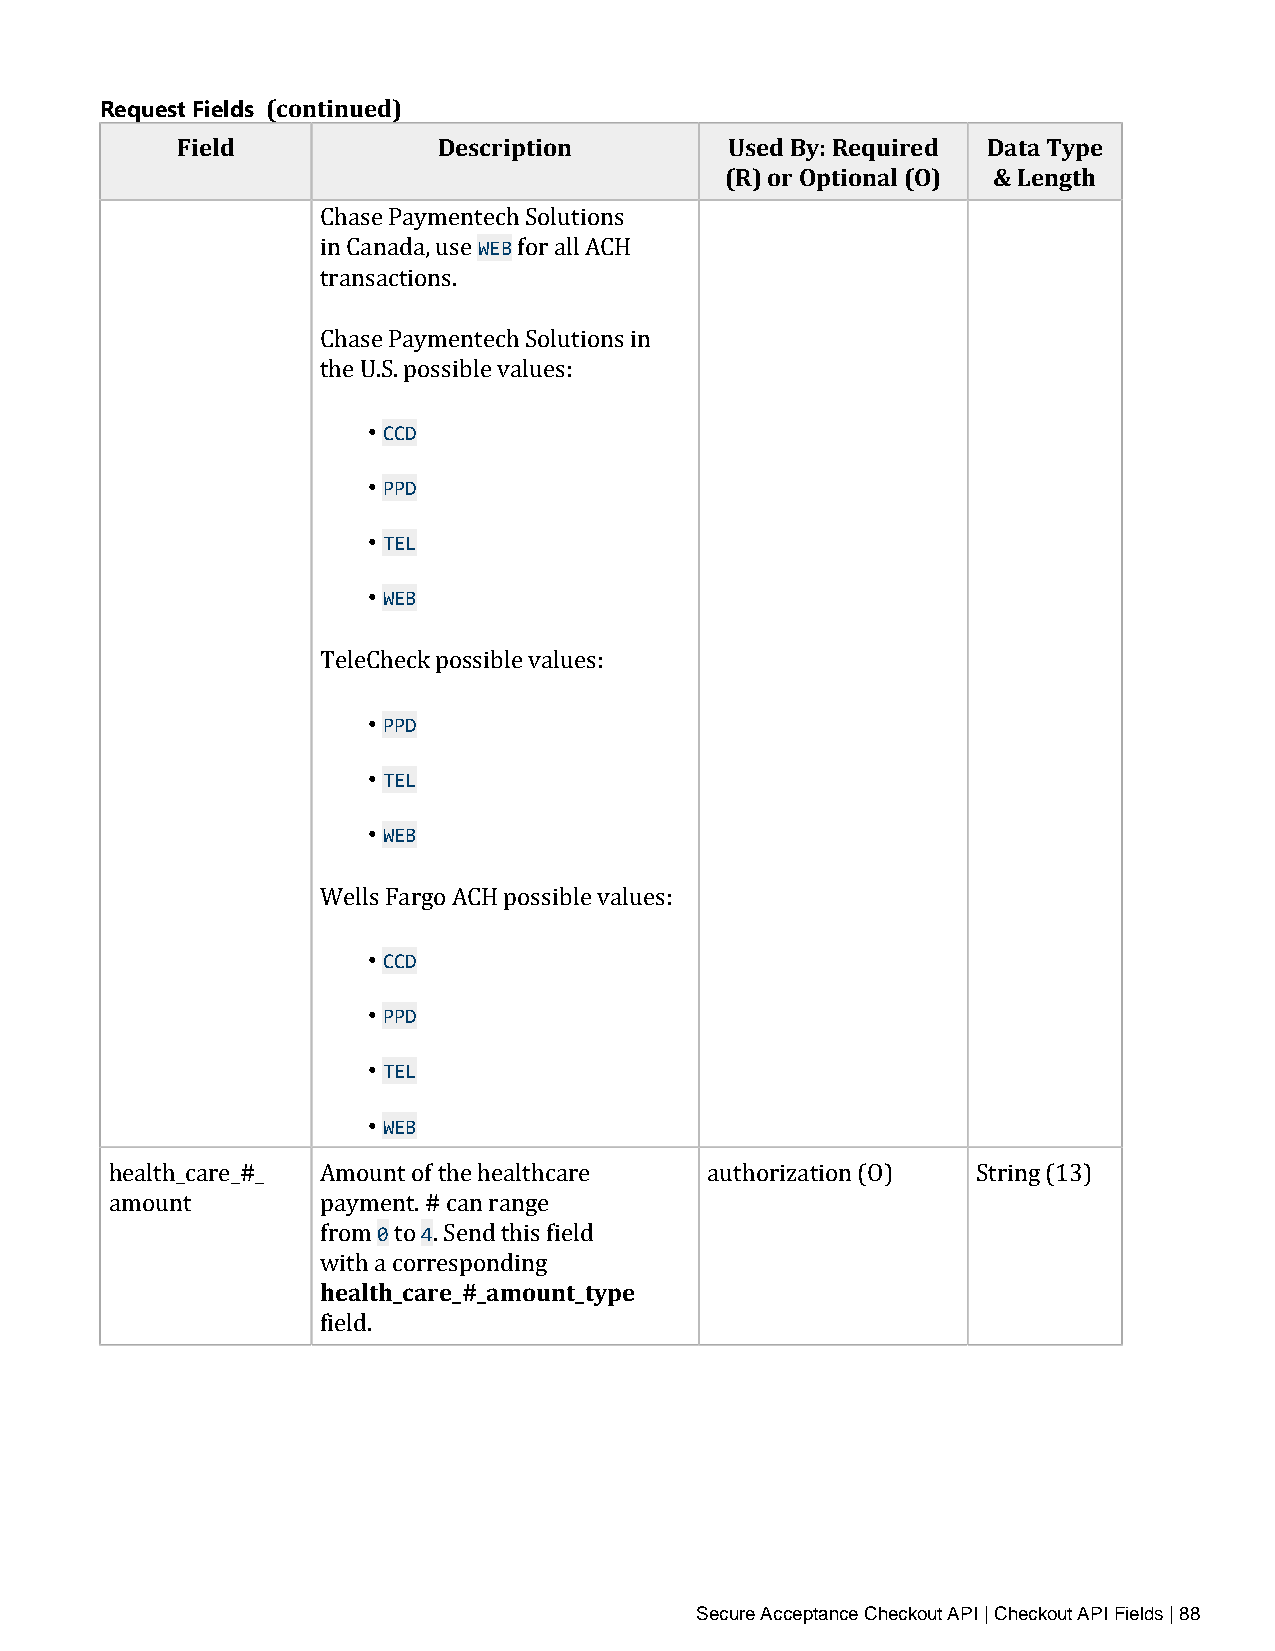
Request Fields (continued)
 Field            Description        Used By: Required Data Type
 (R) or Optional (O) & Length
 WEB
 Chase Paymentech Solutions
 in Canada, use for all ACH
 transactions.
 Chase Paymentech Solutions in
 the U.S. possible values:
 • CCD
 • PPD
 • TEL
 • WEB
 TeleCheck possible values:
 • PPD
 • TEL
 • WEB
 Wells Fargo ACH possible values:
 • CCD
 • PPD
 • TEL
 • WEB
 health_care_#_ Amount of the healthcare authorization (O) String (13)
 0  4
 amount        payment. # can range
 fhreoamlt h _tcoa r. eS_e#n_da mthoisu fnietl_dty pe
 with a corresponding
 field.
 Secure Acceptance Checkout API | Checkout API Fields | 88